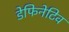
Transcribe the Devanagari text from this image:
डेफिनेटिव